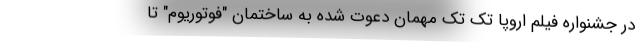
در جشنواره فیلم اروپا تک تک مهمان دعوت شده به ساختمان "فوتوریوم" تا